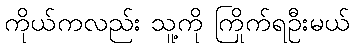
ကိုယ်ကလည်း သူ့ကို ကြိုက်ရဦးမယ်